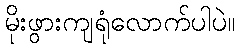
မိုးဖွားကျရုံလောက်ပါပဲ။